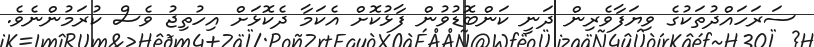
ސަރަހައްދުތަކުގެ ވިޔަފާވެރިން ދަނީ ކަންބޮޑުވުން ފާޅުކޮށް އެކަމާ ދެކޮޅަށް އިހުތިޖު ވެސް ކުރަމުންނެވެ.